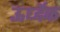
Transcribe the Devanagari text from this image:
ऊर्ध्देक